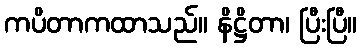
ကပိတာကထာသည်။ နိဋ္ဌိတာ၊ ပြီးပြီ။